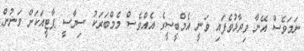
ނަމަވެސް އޭނާ ވިދާޅުވެފައި ވަނީ އެމްބީސީގެ އެއްވެސް މެމްބަރަކު ސިޔާސީ ޕާޓީއަކަށް ވަނުން